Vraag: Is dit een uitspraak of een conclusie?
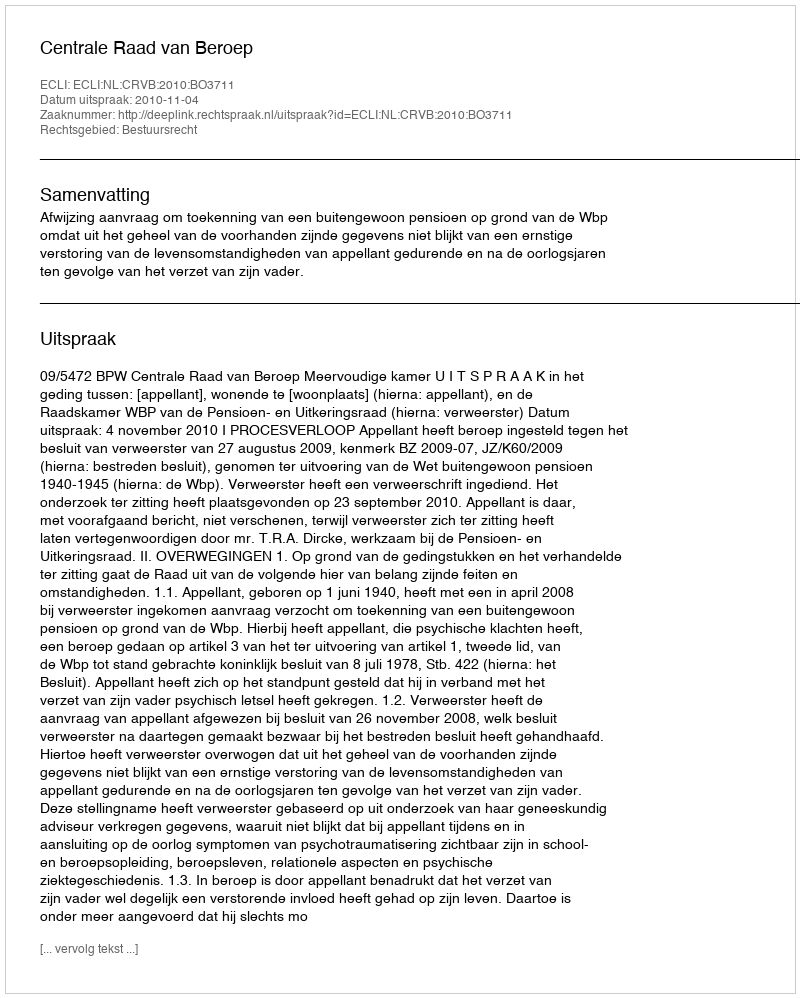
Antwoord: Uitspraak